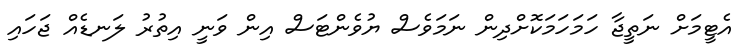
އެޓީމަށް ނަތީޖާ ހަމަހަމަކޮށްދިން ނަމަވެސް ޔުވެންޓަސް އިން ވަނީ އިތުރު ލަނޑެއް ޖަހައި